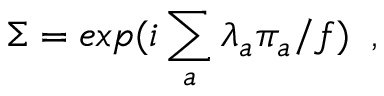
\Sigma = e x p ( i \sum _ { a } \lambda _ { a } \pi _ { a } / f ) \; \; ,